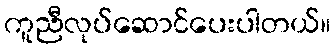
ကူညီလုပ်ဆောင်ပေးပါတယ်။